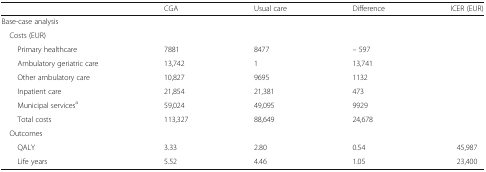
|  | CGA | Usual care | Difference | ICER (EUR) |
 | --- | --- | --- | --- | --- |
 | <COLSPAN=5> Base-case analysis |
 | Costs (EUR) |  |  |  |  |
 | Primary healthcare | 7881 | 8477 | – 597 |  |
 | Ambulatory geriatric care | 13,742 | 1 | 13,741 |  |
 | Other ambulatory care | 10,827 | 9695 | 1132 |  |
 | Inpatient care | 21,854 | 21,381 | 473 |  |
 | Municipal servicesa | 59,024 | 49,095 | 9929 |  |
 | Total costs | 113,327 | 88,649 | 24,678 |  |
 | Outcomes |  |  |  |  |
 | QALY | 3.33 | 2.80 | 0.54 | 45,987 |
 | Life years | 5.52 | 4.46 | 1.05 | 23,400 |